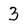
Character: 3